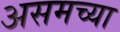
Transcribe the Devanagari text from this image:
असमच्या